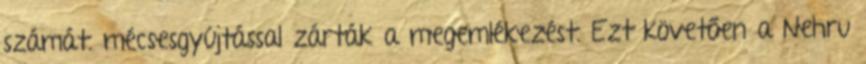
számát. mécsesgyújtással zárták a megemlékezést. Ezt követően a Nehru